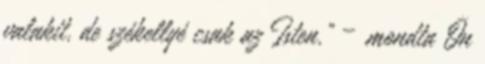
valakit, de székellyé csak az Isten." – mondta Ön